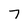
Character: 7